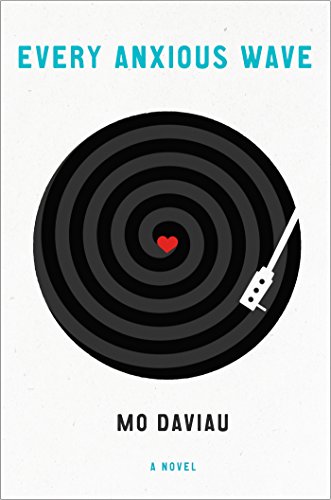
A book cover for Every Anxious Wave: A Novel; Mo Daviau; Science Fiction & Fantasy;